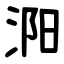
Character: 㳱